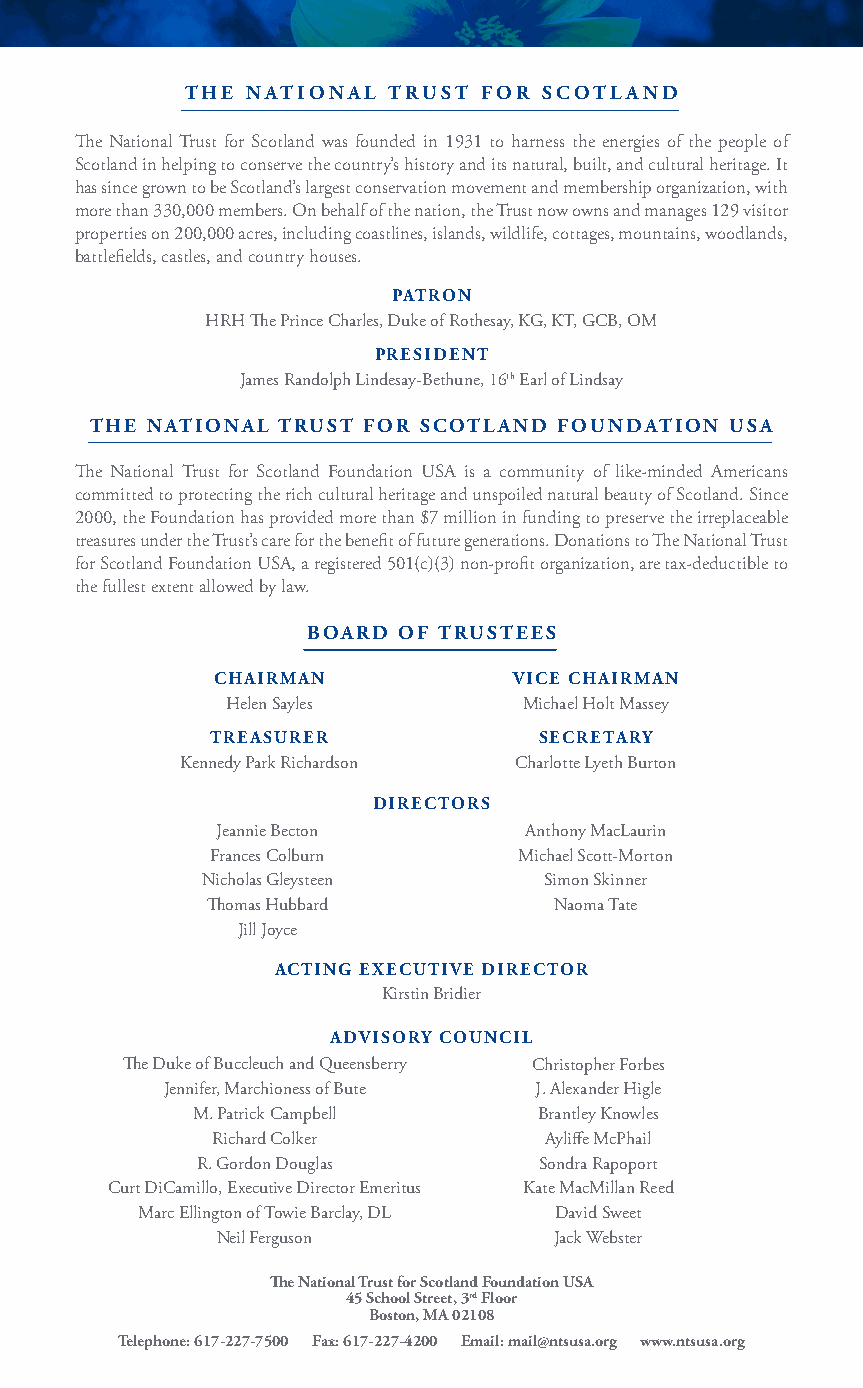
THE NATIONAL  TRUST FOR SCOTLAND
 The National Trust for Scotland was founded in 1931 to harness the energies of the people of
 Scotland in helping to conserve the country’s history and its natural, built, and cultural heritage. It
 has since grown to be Scotland’s largest conservation movement and membership organization, with
 more than 330,000 members. On behalf of the nation, the Trust now owns and manages 129 visitor
 properties on 200,000 acres, including coastlines, islands, wildlife, cottages, mountains, woodlands,
 battlefields, castles, and country houses.
 PATRON
 HRH The Prince Charles, Duke of Rothesay, KG, KT, GCB, OM
 PRESIDENT
 James Randolph Lindesay-Bethune, 16th Earl of Lindsay
 THE NATIONAL TRUST FOR SCOTLAND FOUNDATION USA
 The National Trust for Scotland Foundation USA is a community of like-minded Americans
 committed to protecting the rich cultural heritage and unspoiled natural beauty of Scotland. Since
 2000, the Foundation has provided more than $7 million in funding to preserve the irreplaceable
 treasures under the Trust’s care for the benefit of future generations. Donations to The National Trust
 for Scotland Foundation USA, a registered 501(c)(3) non-profit organization, are tax-deductible to
 the fullest extent allowed by law.
 BOARD OF TRUSTEES
 CHAIRMAN            VICE CHAIRMAN
 Helen Sayles        Michael Holt Massey
 TREASURER             SECRETARY
 Kennedy Park Richardson Charlotte Lyeth Burton
 DIRECTORS
 Jeannie Becton       Anthony MacLaurin
 Frances Colburn     Michael Scott-Morton
 Nicholas Gleysteen     Simon Skinner
 Thomas Hubbard         Naoma Tate
 Jill Joyce
 ACTING EXECUTIVE DIRECTOR
 Kirstin Bridier
 ADVISORY COUNCIL
 The Duke of Buccleuch and Queensberry Christopher Forbes
 Jennifer, Marchioness of Bute J. Alexander Higle
 M. Patrick Campbell    Brantley Knowles
 Richard Colker        Ayliffe McPhail
 R. Gordon Douglas      Sondra Rapoport
 Curt DiCamillo, Executive Director Emeritus Kate MacMillan Reed
 Marc Ellington of Towie Barclay, DL David Sweet
 Neil Ferguson          Jack Webster
 The National Trust for Scotland Foundation USA
 45 School Street, 3rd Floor
 Boston, MA 02108
 Telephone: 617-227-7500 Fax: 617-227-4200 Email: mail@ntsusa.org www.ntsusa.org